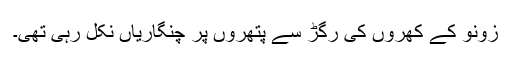
زونو کے کْھروں کی رگڑ سے پتھروں پر چنگاریاں نکل رہی تھی۔